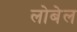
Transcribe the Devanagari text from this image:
लोबेल